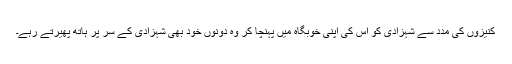
کنیزوں کی مدد سے شہزادی کو اس کی اپنی خوبگاہ میں پہنچا کر وہ دونوں خود بھی شہزادی کے سر پر ہاتھ پھیرتے رہے۔